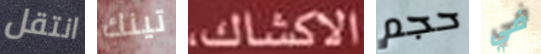
انتقل تينك الاكشاك حجم في